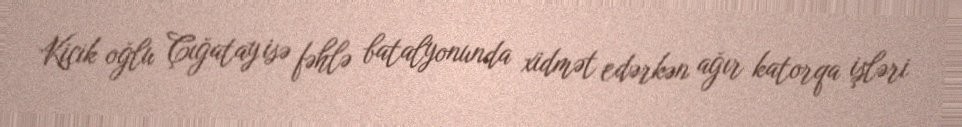
Kiçik oğlu Çığatay isə fəhlə batalyonunda xidmət edərkən ağır katorqa işləri